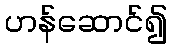
ဟန်ဆောင်၍